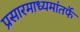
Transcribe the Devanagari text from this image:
प्रसारमाध्यमांतर्फे